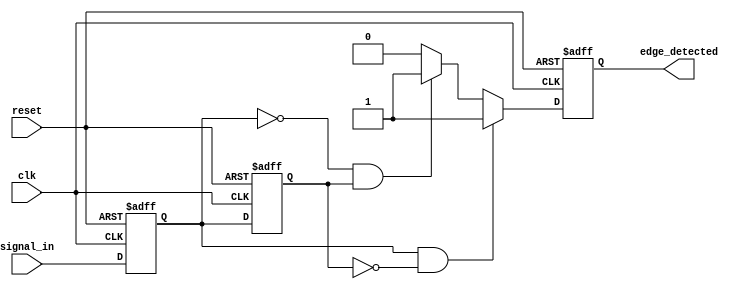
module glitch_free_edge_detector (
    input wire clk,           // Clock input
    input wire reset,         // Asynchronous reset
    input wire signal_in,     // Input signal to be monitored
    output reg edge_detected   // Output signal indicating edge detection
);

    reg signal_current;       // Current state of the input signal
    reg signal_previous;      // Previous state of the input signal

    // Edge detection logic
    always @(posedge clk or posedge reset) begin
        if (reset) begin
            signal_current <= 1'b0;
            signal_previous <= 1'b0;
            edge_detected <= 1'b0;
        end else begin
            // Store the previous state
            signal_previous <= signal_current;

            // Update the current state
            signal_current <= signal_in;

            // Edge detection logic
            if (signal_current && !signal_previous) begin
                edge_detected <= 1'b1; // Rising edge detected
            end else if (!signal_current && signal_previous) begin
                edge_detected <= 1'b1; // Falling edge detected
            end else begin
                edge_detected <= 1'b0; // No edge detected
            end
        end
    end

endmodule